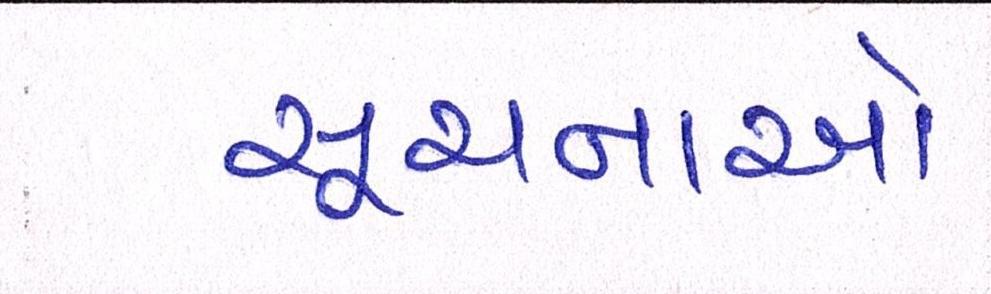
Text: સૂચનાઓ